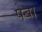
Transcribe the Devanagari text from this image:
पेबा